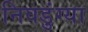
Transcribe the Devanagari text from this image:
निवडुंग्या